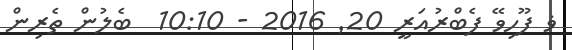
ޥ ފޫހިވޭ ފެބްރުއަރީ 20